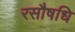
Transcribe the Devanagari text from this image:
रसौषधि